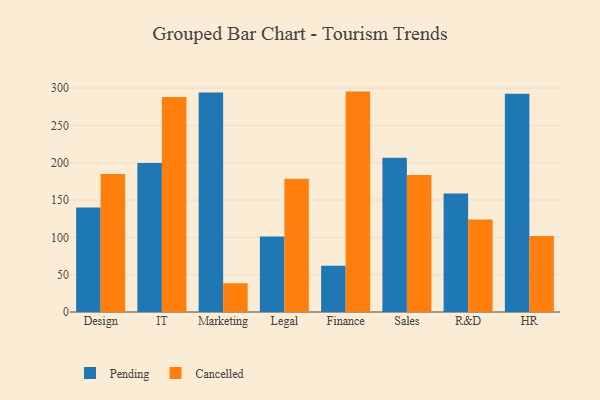
{"axis": {"x": "Department", "y": "Energy Usage (MWh)"}, "legend": ["Cancelled", "Pending"], "data": [{"x": "Design", "y": 140.0, "type": "Pending"}, {"x": "Design", "y": 185.0, "type": "Cancelled"}, {"x": "IT", "y": 199.6, "type": "Pending"}, {"x": "IT", "y": 288.2, "type": "Cancelled"}, {"x": "Marketing", "y": 294.0, "type": "Pending"}, {"x": "Marketing", "y": 38.6, "type": "Cancelled"}, {"x": "Legal", "y": 101.1, "type": "Pending"}, {"x": "Legal", "y": 178.7, "type": "Cancelled"}, {"x": "Finance", "y": 61.8, "type": "Pending"}, {"x": "Finance", "y": 295.3, "type": "Cancelled"}, {"x": "Sales", "y": 206.8, "type": "Pending"}, {"x": "Sales", "y": 183.7, "type": "Cancelled"}, {"x": "R&D", "y": 158.9, "type": "Pending"}, {"x": "R&D", "y": 124.1, "type": "Cancelled"}, {"x": "HR", "y": 292.3, "type": "Pending"}, {"x": "HR", "y": 101.9, "type": "Cancelled"}]}